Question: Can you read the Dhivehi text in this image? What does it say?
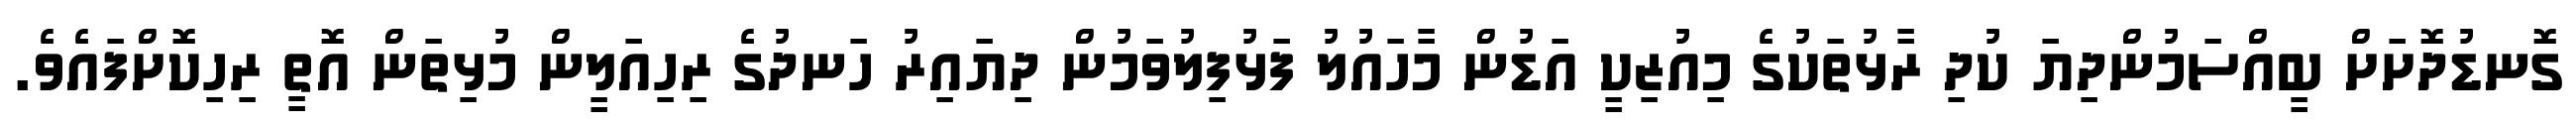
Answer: ގޮނޑުދޮށަށް ބީއްސަމުންދިޔަ ކުދި ރާޅުތަކުގެ މިއުޒިކީ އަޑުން މާހައުލު ފަޅުފިލުވަމުން ދިޔައިރު ހަނދުގެ ރިހިއަލީން މުޅިތަން އޮތީ ރިހިކޮށްފައެވެ.